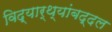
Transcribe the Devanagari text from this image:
विद्यार्थ्यांबद्दल